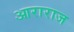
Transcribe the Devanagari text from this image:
आराराज